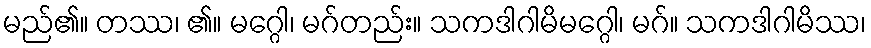
မည်၏။ တဿ၊ ၏။ မဂ္ဂေါ၊ မဂ်တည်း။ သကဒါဂါမိမဂ္ဂေါ၊ မဂ်။ သကဒါဂါမိဿ၊